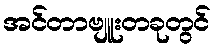
အင်တာဗျူးတခုတွင်